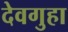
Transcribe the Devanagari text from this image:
देवगुहा